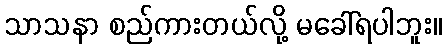
သာသနာ စည်ကားတယ်လို့ မခေါ်ရပါဘူး။